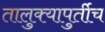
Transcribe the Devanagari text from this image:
तालुक्यापुर्तीच